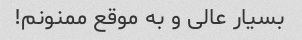
بسیار عالی و به موقع ممنونم!